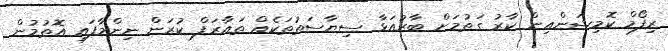
ރިފޯމް ކޮމިޝަންއިން ކާރު ގަތުމަށް ބާރުއަޅާ ސިޔާސަތުތަކެއް ތައާރަފް ކުރަން ނިންމާފައި އޮތުމުން